Trukikaitis_Postimees, lk 62
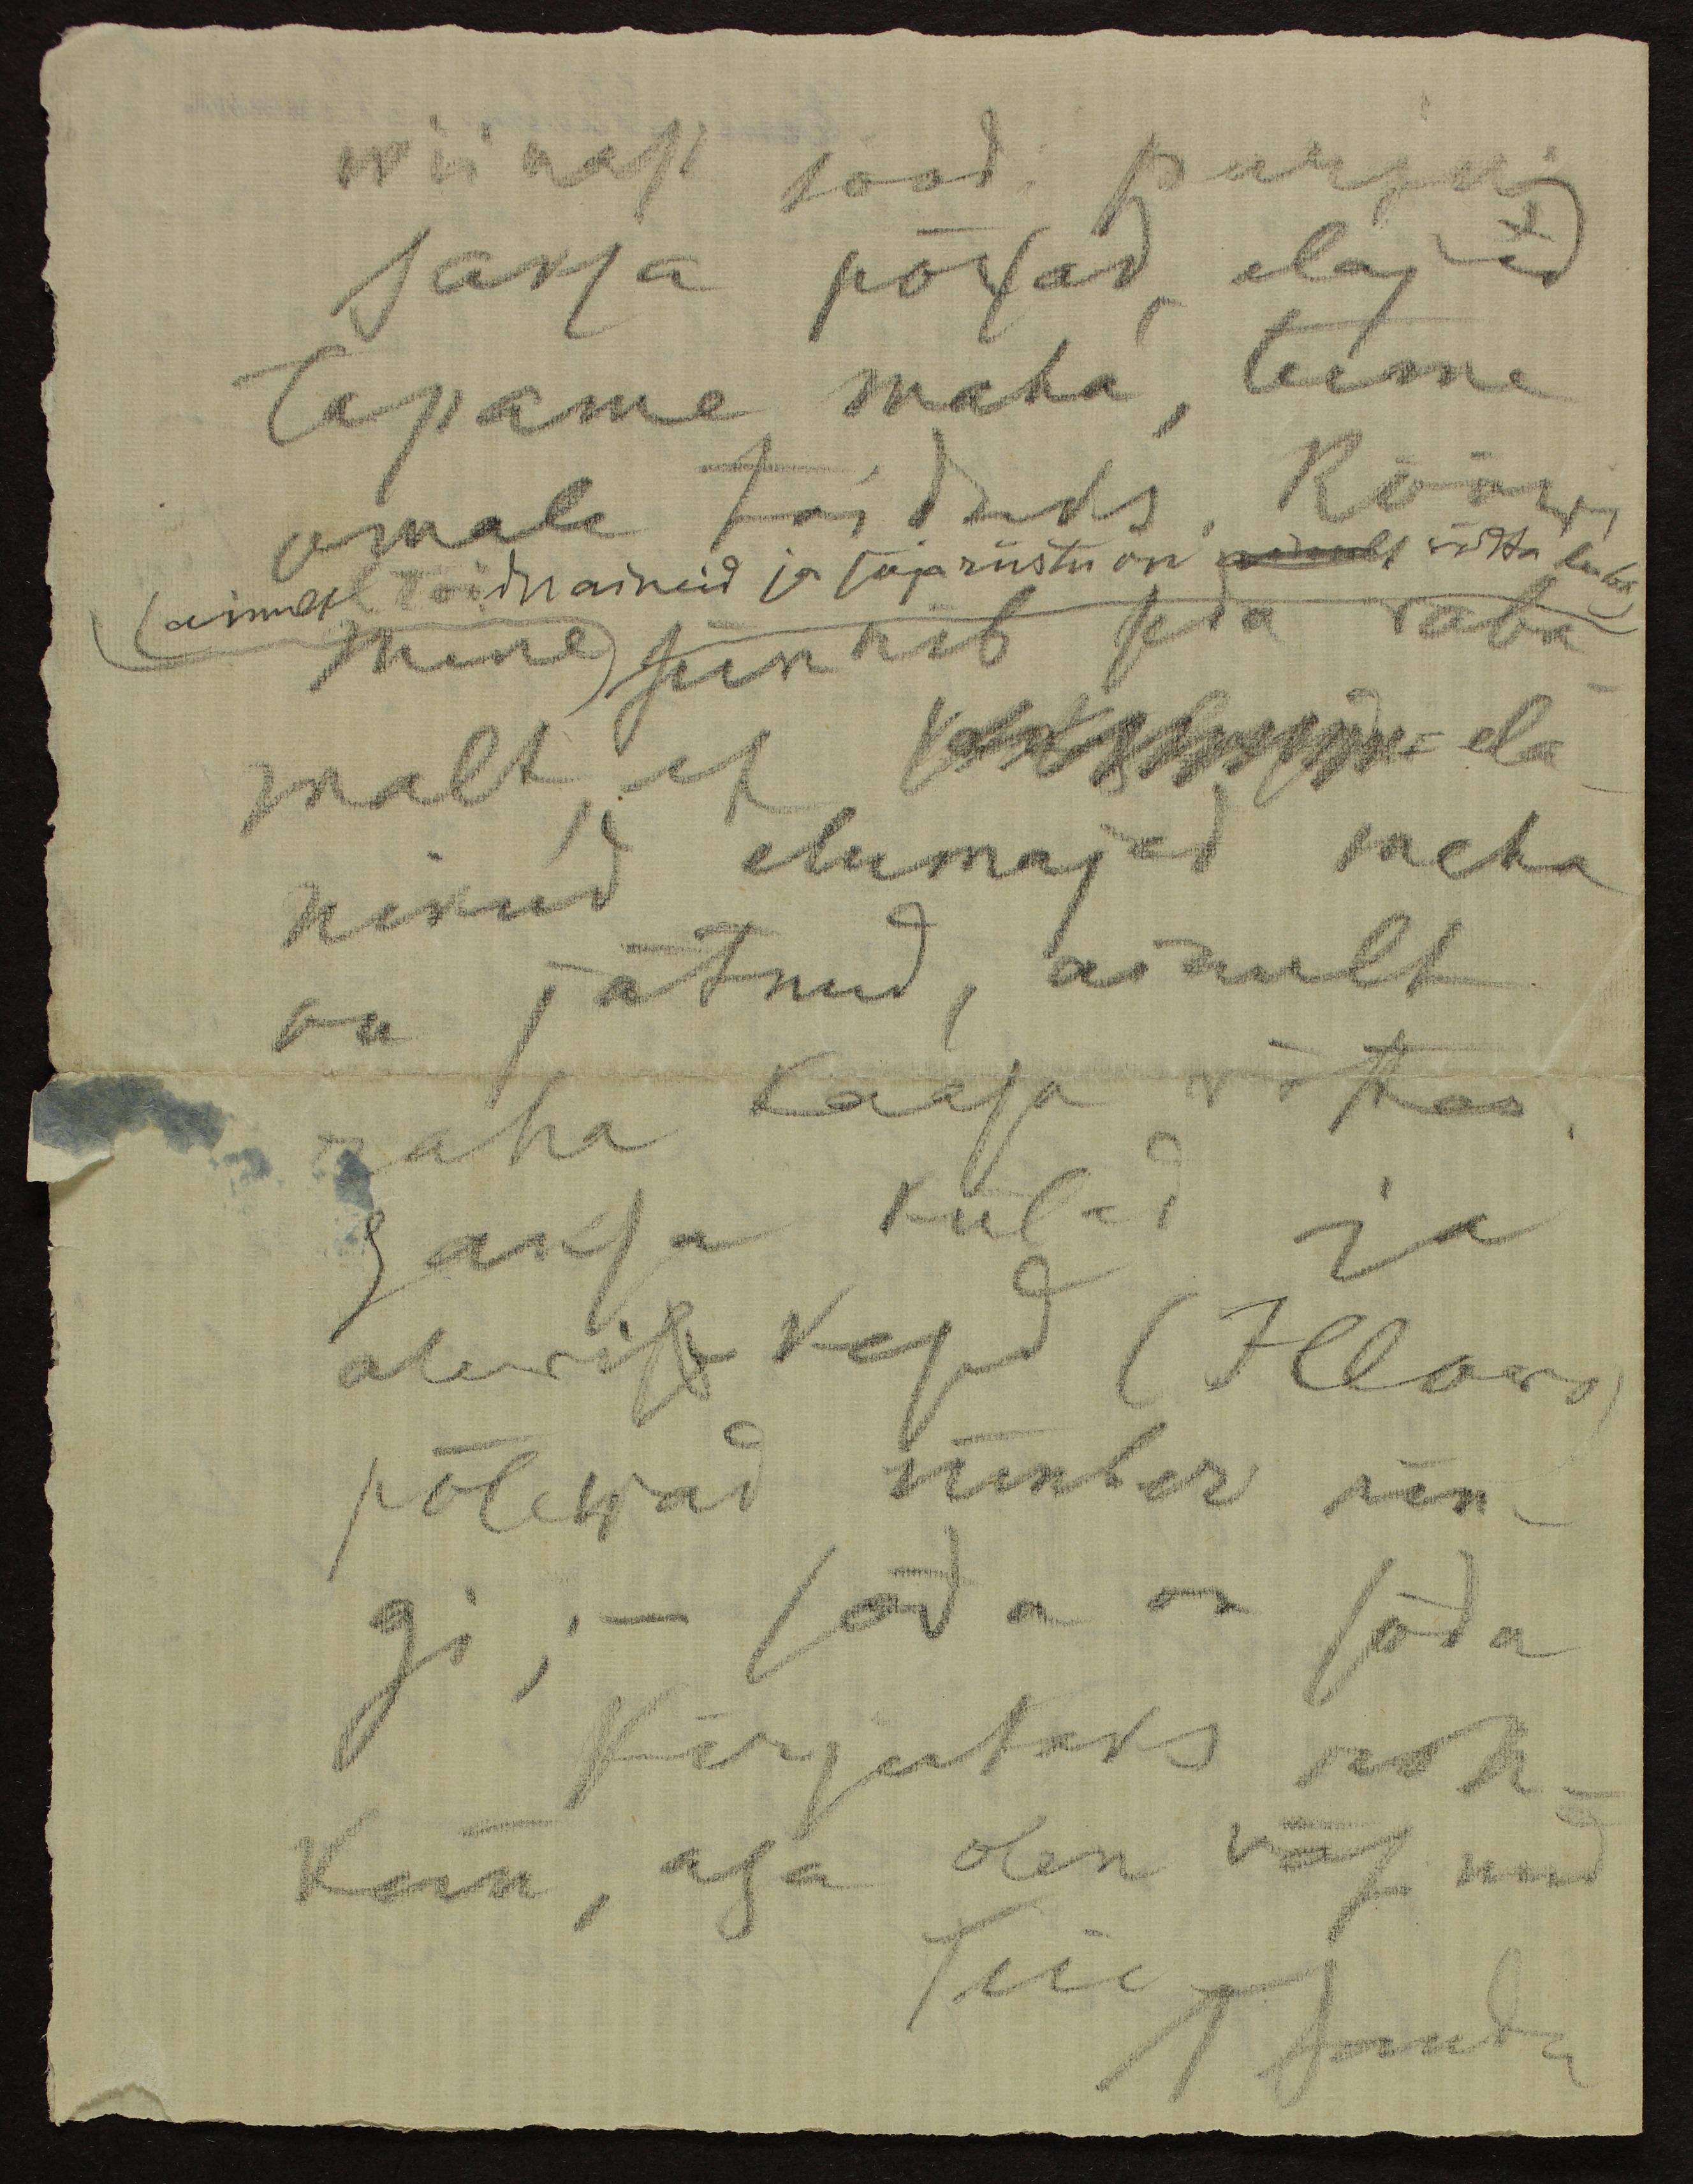
wiinast joodi purju;
saksa põrsad, elajad
tapame maha, teeme
omale toiduks. Rööwi
ainult toiduaineid ja sõjariistu on ainult võtta luba
mine sünnib seda vaba-
malt, et kirjuba ela-
nikud elumajad maha
on jätnud, ainult
raha kaasa võttes.
Saksa külad ja
alewis- kesed (Illovo)
põlewad ümber rin-
gi; - sõda on sõda
Kirjutaks roh-
kem, aga olen väsinud
Teie
T Sander